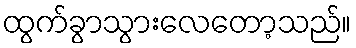
ထွက်ခွာသွားလေတော့သည်။